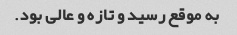
به موقع رسید و تازه و عالی بود.